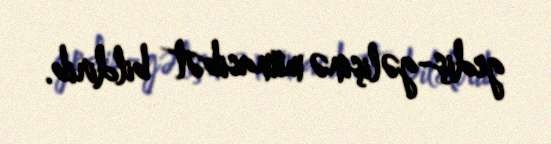
gediş-gəlişinə münasibət bildirib.